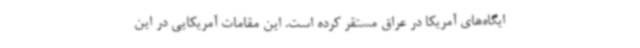
ایگاه‌های آمریکا در عراق مستقر کرده است. این مقامات آمریکایی در این